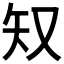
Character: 𫨸